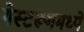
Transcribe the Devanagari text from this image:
गेस्टरूममध्ये